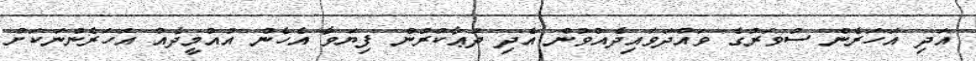
އަދި އަހަރެން ސުވަރުގެ ވައްދަވައިދެއްވުން އެދި ދުޢާކުރުން ފިޔަވާ އެހެން އުއްމީދެއް އަހަރެންނަކަށް